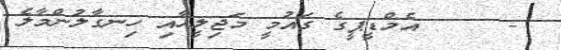
-     އެމްޑީޕީގެ ގައުމީ މަޖިލީހާއި ހިނގާލުންމާލެ